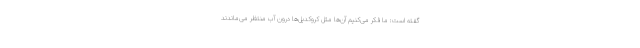
گفته است: ما فکر می‌کنیم آن‌ها مثل کروکدیل‌ها درون آب منتظر می‌ماندند